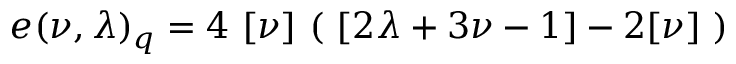
e ( \nu , \lambda ) _ { q } = 4 \ [ \nu ] \ ( \ [ 2 \lambda + 3 \nu - 1 ] - 2 [ \nu ] \ )